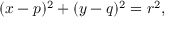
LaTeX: ( x - p ) ^ { 2 } + ( y - q ) ^ { 2 } = r ^ { 2 } ,